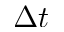
\Delta t